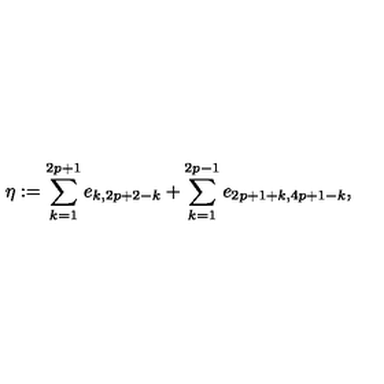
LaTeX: \eta : = \sum _ { k = 1 } ^ { 2 p + 1 } e _ { k , 2 p + 2 - k } + \sum _ { k = 1 } ^ { 2 p - 1 } e _ { 2 p + 1 + k , 4 p + 1 - k } ,